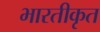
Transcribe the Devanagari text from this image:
भारतीकृत